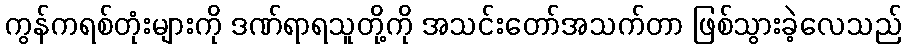
ကွန်ကရစ်တုံးများကို ဒဏ်ရာရသူတို့ကို အသင်းတော်အသက်တာ ဖြစ်သွားခဲ့လေသည်